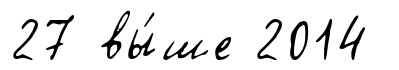
27 вы́ше 2014